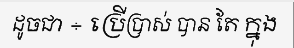
ដូចជា ÷ ប្រើប្រាស់ បាន តែ ក្នុង